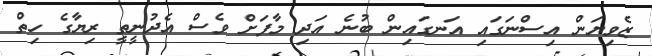
ޒެވިޔަން އިސްނަގައި އަނގައިން ބުނެ އަދި މާފަށް ވެސް އެދުނީތީ ރިޔާގެ ހިތް